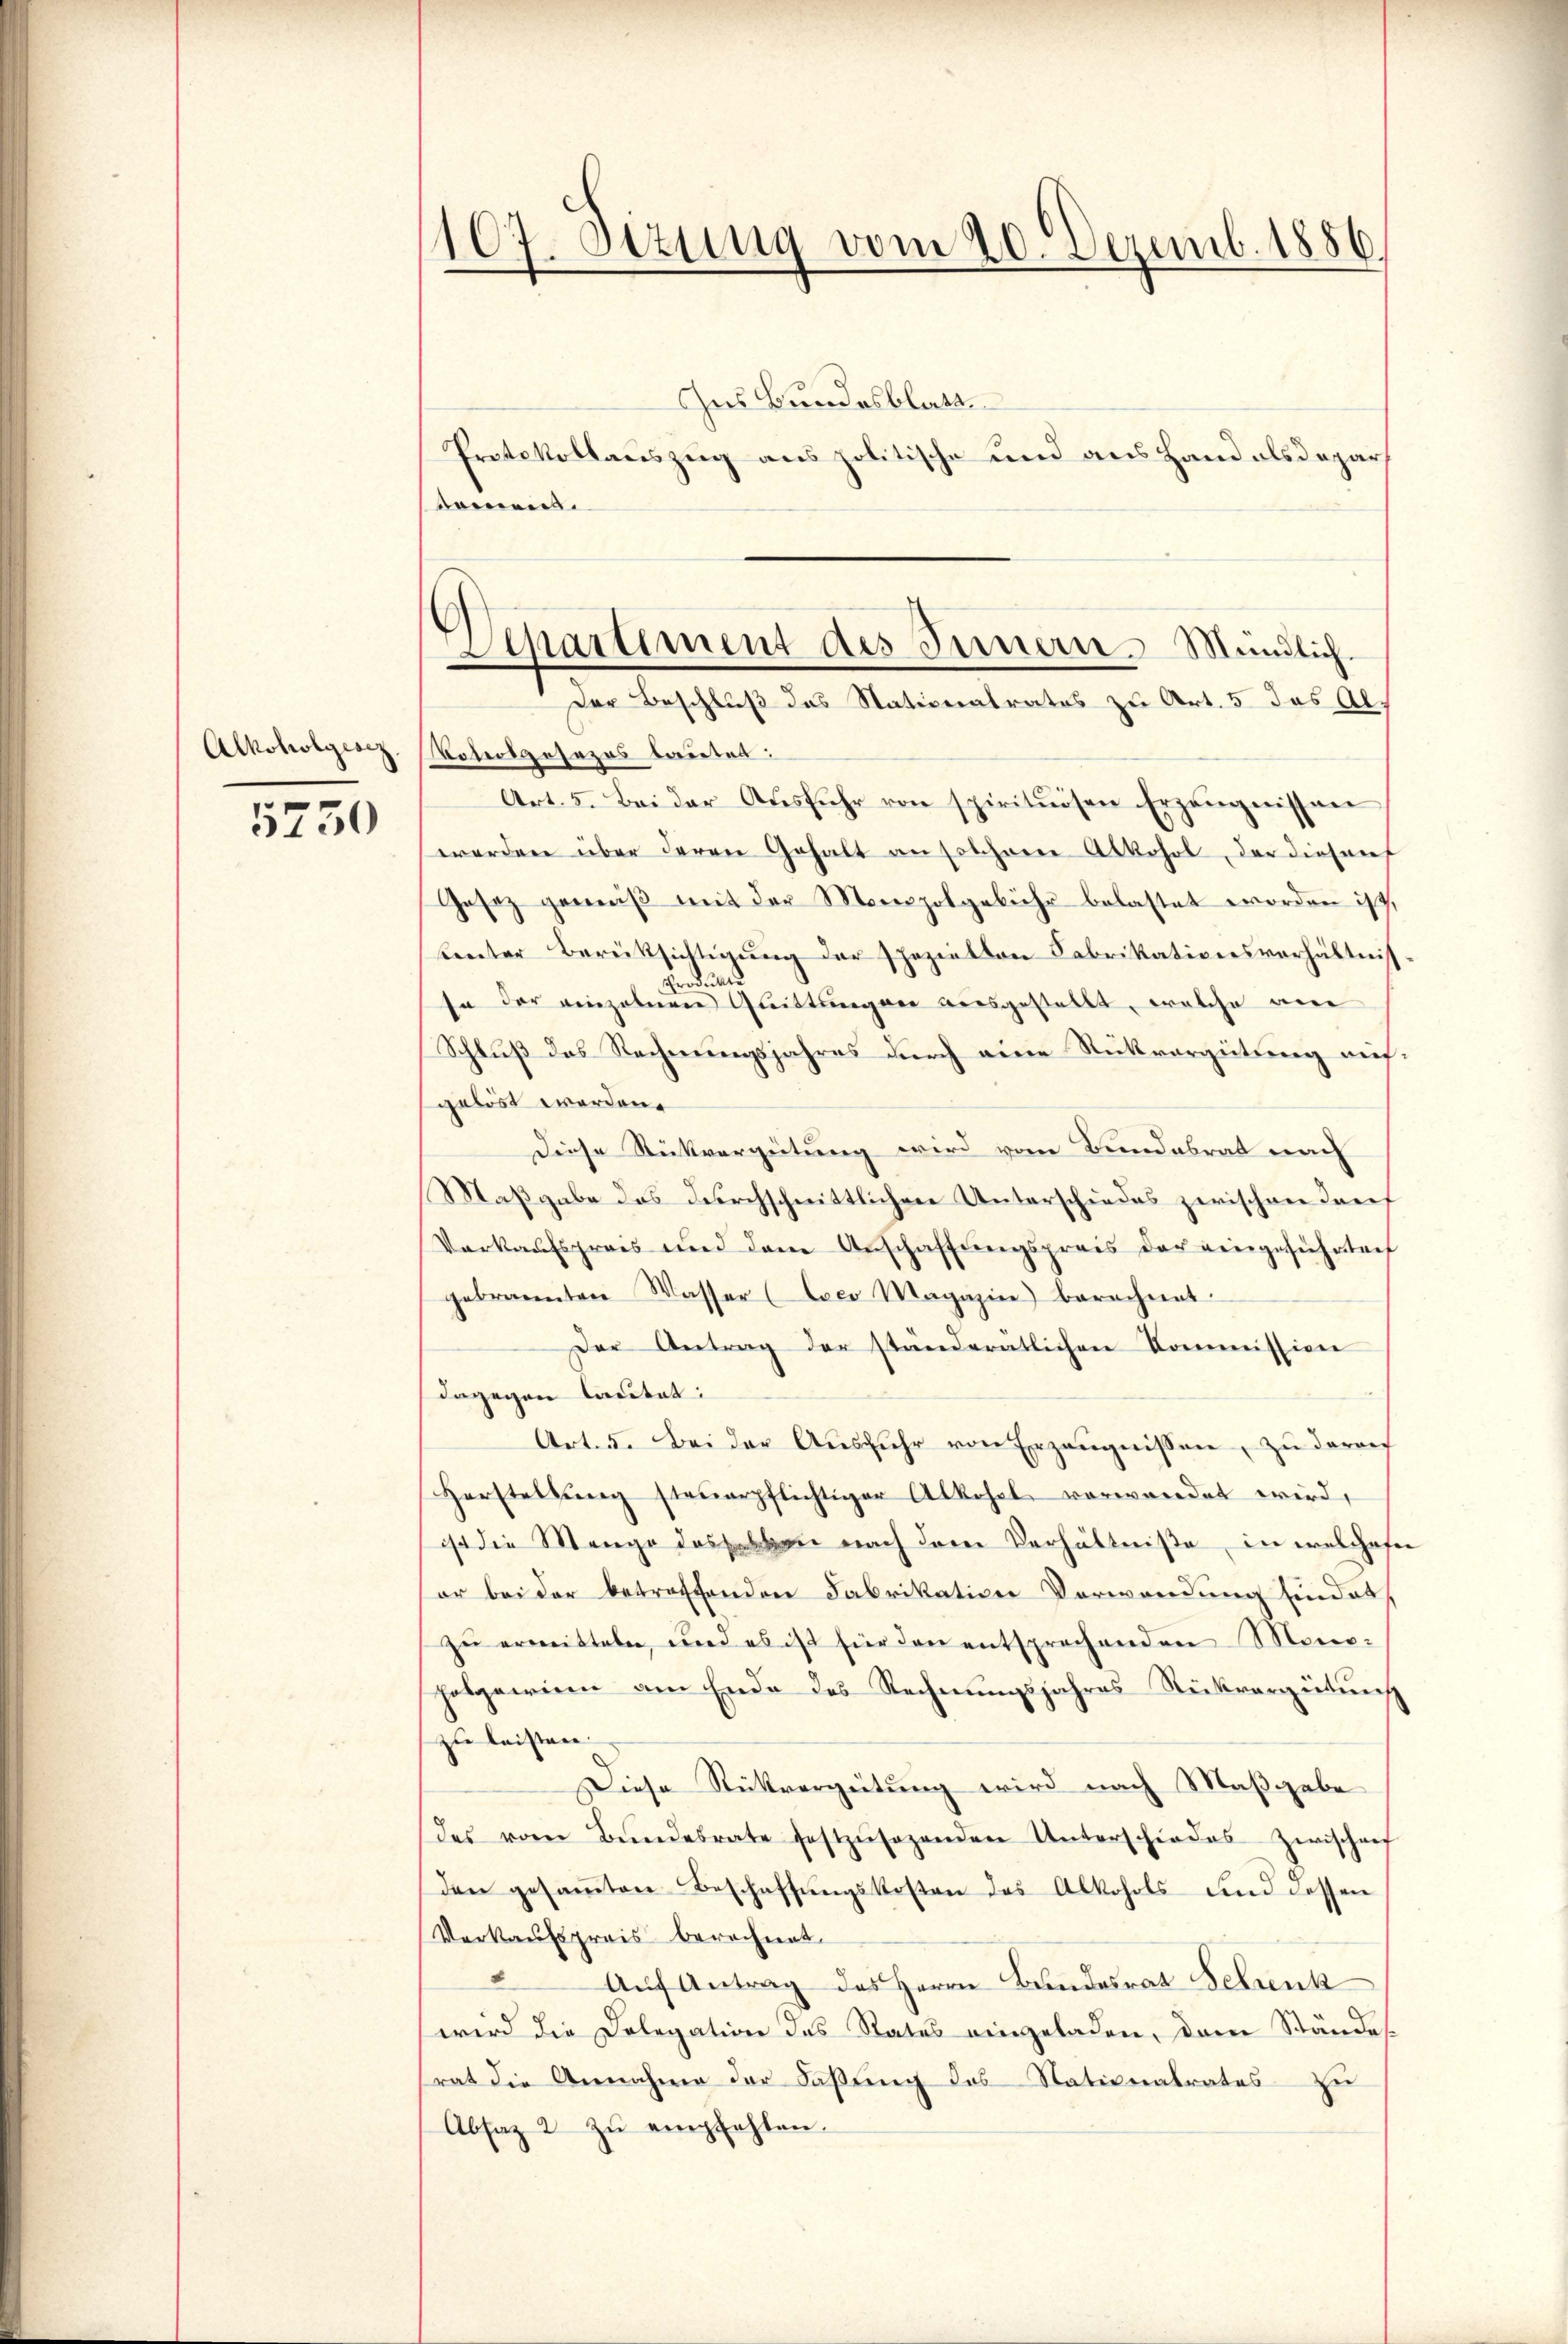
Alkoholgesez

5750

107. Sizung vom 20. Dezemb. 1886.

Separtement des Innern. Mündlich.
Der Beschluß das Nationalrates zu Art. 5. das Al¬

Ges Bundesblatt.
Protokollauszug aus politische und aus Hand alsdepar
damen.
Voheosposezes bautet:
Art. 5. Bei der Aŭsführ von spirituosen Erzeŭgnissen
werden über deren Gehalt an solchere Alkohol, der diesenf
Gesez gemäß mit der Monopolgebühr belastet worden ist,
benter Berüksichtigung der speziellen Fabrikationsverhältnis
H. di
jn der einzelnen Quittungen ausgestellt, welche an
Schluß des Rechnungsjahres durch eine Rückvergütung aufgelöst werden.
Diese Rückvergütung wird vom Bundesrat nach
Maßgabe des durchschnittlichen Unterschiedes zwischen darf
Verkaufspreis und dem Anschaffŭngspreis der eingeführten
gebrannten Wasser (Loco Magazine berechent
Der Antrag der ständeratlichen Kommission
dagegen lautet:
Art. 5. Bei der Aŭsführ von Erzeŭgnissen, zu darauf
Herstellung steuerpflichtiger Alkohel verwendet wird,
ist die Menge desselben nach dem Verhältniße in welcheser
er bei der betreffenden Fabrikation Verwendung sindet
zu ermitteln, und es ist für den entsprechenden Mono-
holgewinn am Ende des Rechnungsjahres Rückvergütung
zu leisten.
Diese Rückvergeitung wird nach Maßgabe
des vom Bŭndesrate festzŭsezenden Unterschiedes Zwischenf
den gesaṁten Beschaffŭngskosten das Alkohols und dessen
Verkaufspreis berechnet.
Aŭf Antrag des Herrn Bundesrat Schrenk
wird die Delegation des Status eingeladen, dem Ständestrat die Annahme der Faßung des Nationalrates zu
Absatz 2 zu empfehlen.